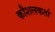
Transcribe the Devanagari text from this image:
कौशलकर्ता